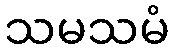
သမသမံ